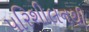
પરિશીલનથી